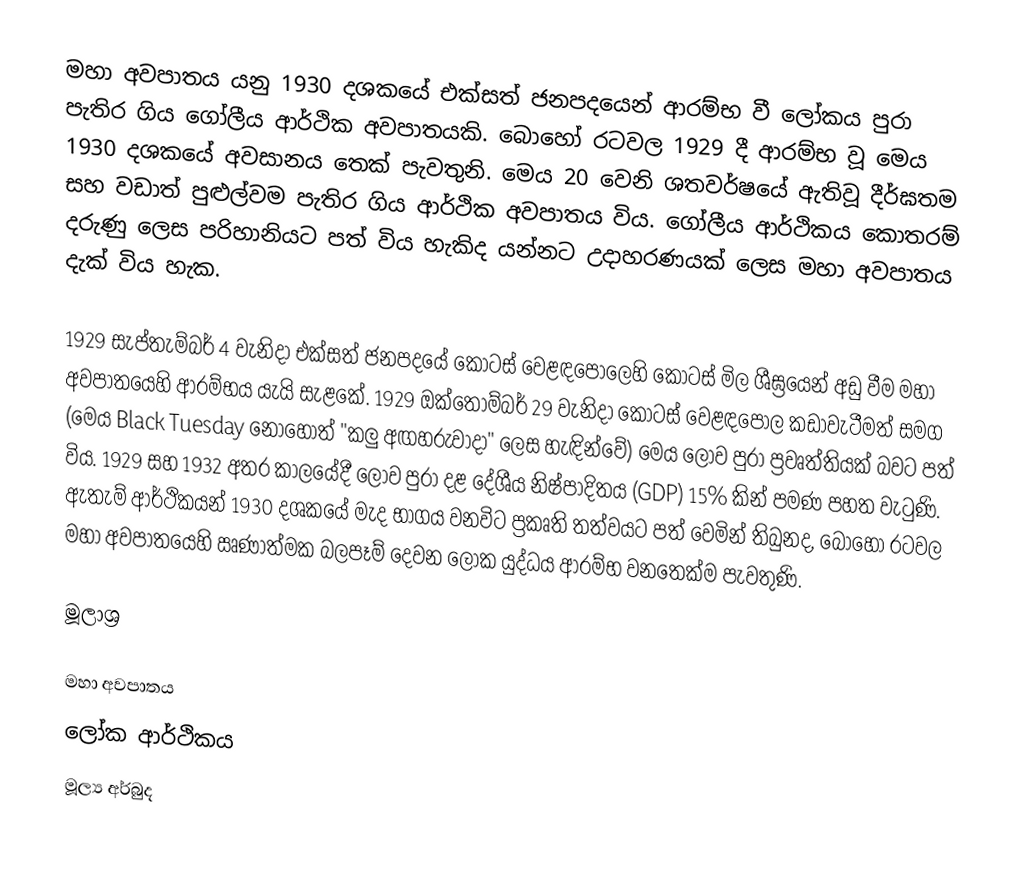
මහා අවපාතය යනු 1930 දශකයේ එක්සත් ජනපදයෙන් ආරම්භ වී ලෝකය පුරා පැතිර ගිය ගෝලීය ආර්ථික අවපාතයකි. බොහෝ රටවල 1929 දී ආරම්භ වූ මෙය 1930 දශකයේ අවසානය තෙක් පැවතුනි. මෙය 20 වෙනි ශතවර්ෂයේ ඇතිවූ දීර්ඝතම සහ වඩාත් පුළුල්වම පැතිර ගිය ආර්ථික අවපාතය විය. ගෝලීය ආර්ථිකය කොතරම් දරුණු ලෙස පරිහානියට පත් විය හැකිද යන්නට උදාහරණයක් ලෙස මහා අවපාතය දැක් විය හැක.

1929 සැප්තැම්බර් 4 වැනිදා එක්සත් ජනපදයේ කොටස් වෙළඳපොලෙහි කොටස් මිල ශීඝ්‍රයෙන් අඩු වීම මහා අවපාතයෙහි ආරම්භය යැයි සැළකේ. 1929 ඔක්තොම්බර් 29 වැනිදා කොටස් වෙළඳපොල කඩාවැටීමත් සමග (මෙය Black Tuesday නොහොත් "කලු අඟහරුවාදා" ලෙස හැඳින්වේ) මෙය ලොව පුරා ප්‍රවෘත්තියක් බවට පත් විය. 1929 සහ 1932 අතර කාලයේදී ලොව පුරා දළ දේශීය නිෂ්පාදිතය (GDP) 15% කින් පමණ පහත වැටුණි. ඇතැම් ආර්ථිකයන් 1930 දශකයේ මැද භාගය වනවිට ප්‍රකෘති තත්වයට පත් වෙමින් තිබුනද, බොහෝ රටවල මහා අවපාතයෙහි ඍණාත්මක බලපෑම් දෙවන ලෝක යුද්ධය ආරම්භ වනතෙක්ම පැවතුණි.

මූලාශ්‍ර

මහා අවපාතය
ලෝක ආර්ථිකය
මූල්‍ය අර්බුද